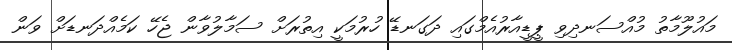
މައުލޫމާތު މުއްސަނދިވި ޕީޑީއާރުއެމްގައި ދަގަނޑޭ ހުރުމަކީ އިތުރަށް ސަމާލުވާން ޖެހޭ ކަމެއްދަނޑަށް ވަން